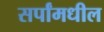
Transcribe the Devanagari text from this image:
सर्पांमधील